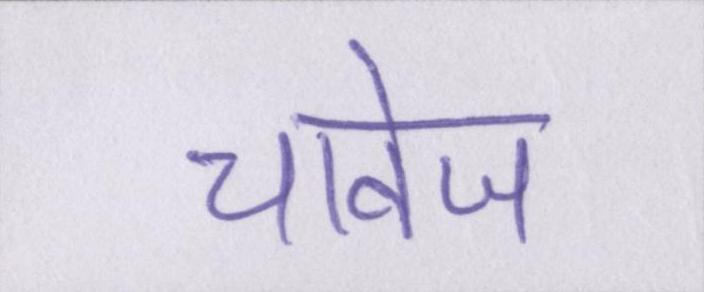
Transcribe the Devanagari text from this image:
चावेज